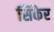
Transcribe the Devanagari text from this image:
सिकैर